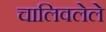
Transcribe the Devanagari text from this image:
चालिवलेले